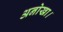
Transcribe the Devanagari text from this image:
अनोखा।